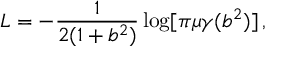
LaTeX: L = - \frac { 1 } { 2 ( 1 + b ^ { 2 } ) } \log [ \pi \mu \gamma ( b ^ { 2 } ) ] \, ,